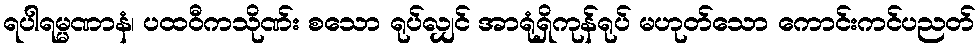
ရပါရမ္မဏာနံ၊ ပထဝီကသိုဏ်း စသော ရုပ်လျှင် အာရုံရှိကုန်ရုပ် မဟုတ်သော ကောင်းကင်ပညတ်